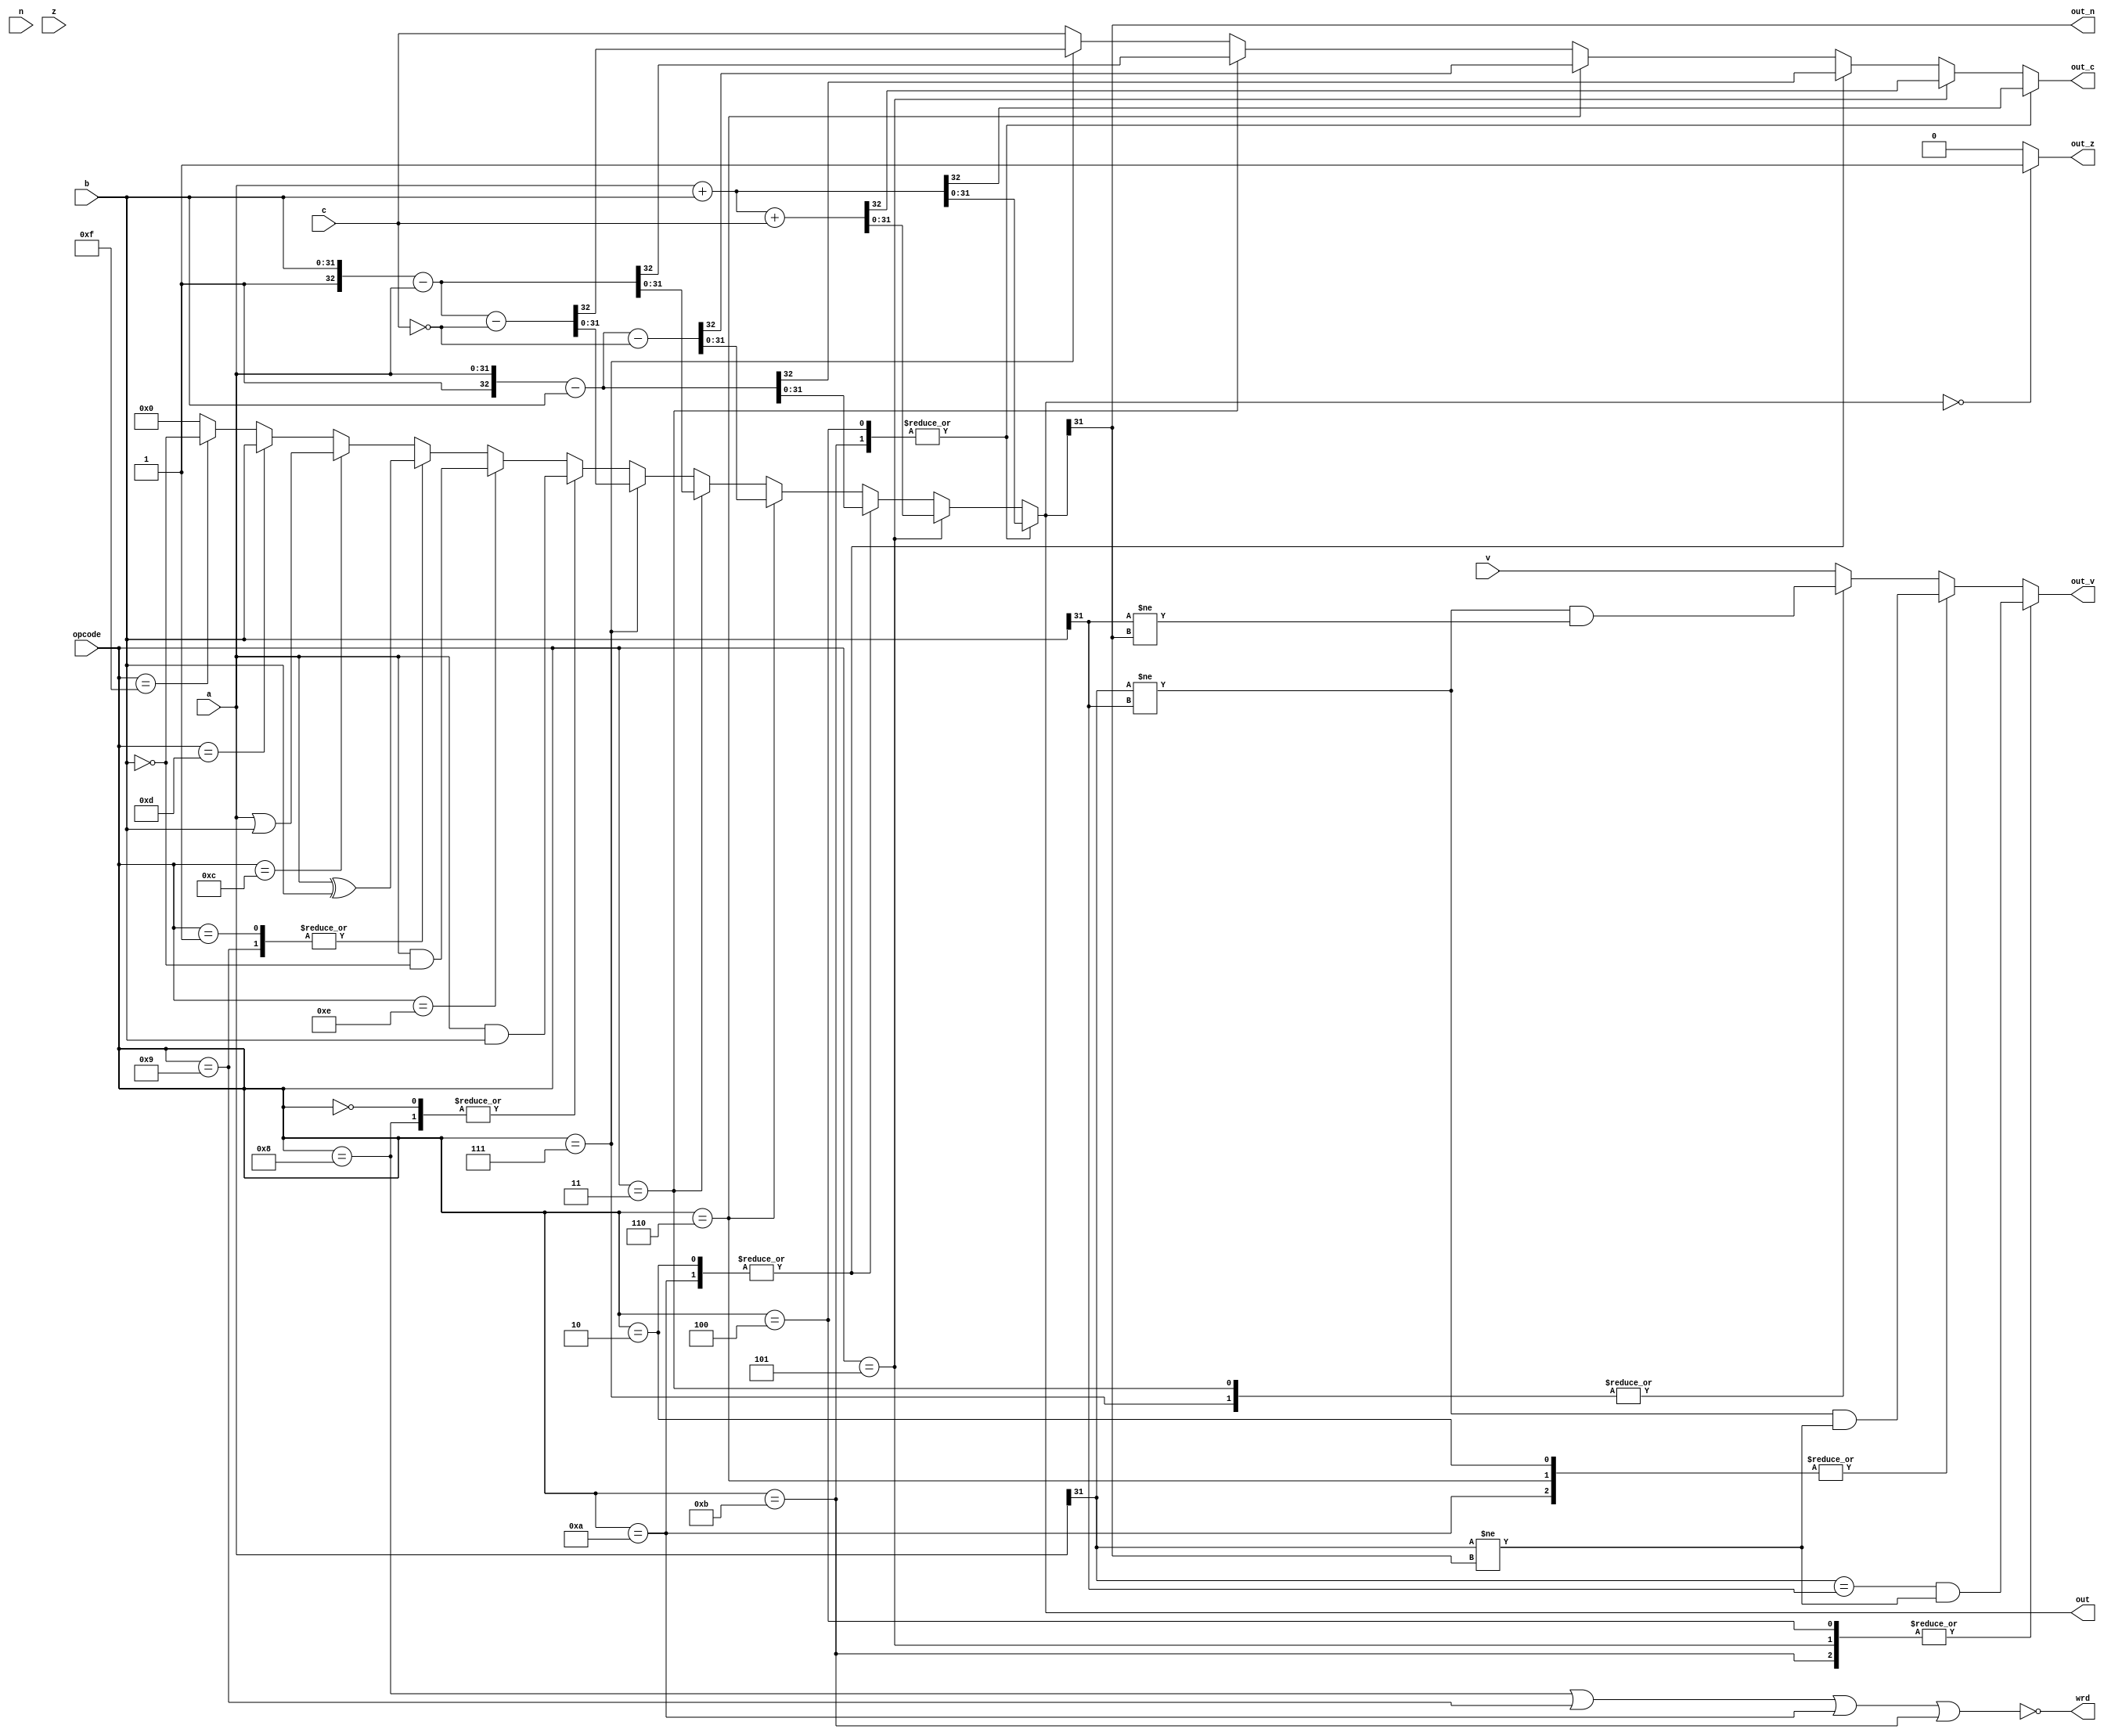
module alu(
	input [3:0]opcode,
	input [31:0]a,
	input [31:0]b,
	input n, z, c, v,
	output reg [31:0]out,
	output out_n, out_z,
	output reg out_c, out_v,
	output wrd
);

wire i_mov = opcode == 4'b1101; // move
wire i_mvn = opcode == 4'b1111; // move not

wire i_and = opcode == 4'b0000; // and
wire i_eor = opcode == 4'b0001; // xor
wire i_orr = opcode == 4'b1100; // or
wire i_bic = opcode == 4'b1110; // bit clear / and not

wire i_add = opcode == 4'b0100; // add
wire i_adc = opcode == 4'b0101; // add with carry
wire i_sub = opcode == 4'b0010; // subtract
wire i_rsb = opcode == 4'b0011; // reverse subtract
wire i_sbc = opcode == 4'b0110; // subtract with carry
wire i_rsc = opcode == 4'b0111; // reverse subtract with carry

wire i_tst = opcode == 4'b1000; // test
wire i_teq = opcode == 4'b1001; // test equivalence
wire i_cmp = opcode == 4'b1010; // compare
wire i_cmn = opcode == 4'b1011; // compare negated

assign wrd = ~(i_tst | i_teq | i_cmp | i_cmn);
assign out_n = out[31];
assign out_z = out == 32'h0 ? 1'b1 : 1'b0;

always @(*) begin
	out_c = c;
	out_v = v;
	case(1'b1)
		i_add, i_cmn:	{out_c, out} = a + b;
		i_adc:			{out_c, out} = a + b + c;
		i_sub, i_cmp:	{out_c, out} = {1'b1, a} - b;
		i_sbc:			{out_c, out} = {1'b1, a} - b - !c;
		i_rsb:			{out_c, out} = {1'b1, b} - a;
		i_rsc:			{out_c, out} = {1'b1, b} - a - !c;
		i_and, i_tst:	out = a & b;
		i_bic:			out = a & (~b);
		i_eor, i_teq:	out = a ^ b;
		i_orr:			out = a | b;
		i_mov:			out = b;
		i_mvn:			out = ~b;
		default: begin
			out = 32'h0;
			//TODO: undefined instruction
			//should reaise interrupt
		end
	endcase

	case(1'b1)
		i_add, i_cmn, i_adc:	out_v = a[31] == b[31] && a[31] != out[31];
		i_sub, i_cmp, i_sbc:	out_v = a[31] != b[31] && a[31] != out[31];
		i_rsb, i_rsc:			out_v = a[31] != b[31] && b[31] != out[31];
		default: begin
		end
	endcase
end

endmodule